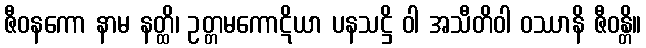
ဇီဝနကော နာမ နတ္ထိ၊ ဥတ္တမကောဋိယာ ပနသဋ္ဌိ ဝါ အသီတိဝါ ဝဿာနိ ဇီဝန္တိ။